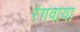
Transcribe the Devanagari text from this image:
रंगवाया